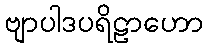
ဗျာပါဒပရိဠာဟော